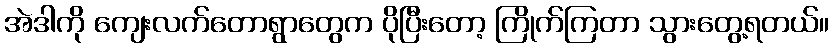
အဲဒါကို ကျေးလက်တောရွာတွေက ပိုပြီးတော့ ကြိုက်ကြတာ သွားတွေ့ရတယ်။